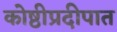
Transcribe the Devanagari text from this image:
कोष्ठीप्रदीपात